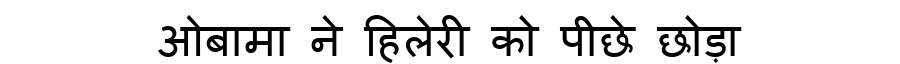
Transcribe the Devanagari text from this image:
ओबामा ने हिलेरी को पीछे छोड़ा